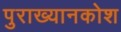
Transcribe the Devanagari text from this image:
पुराख्यानकोश